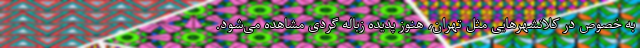
به خصوص در کلانشهرهایی مثل تهران، هنوز پدیده زباله گردی مشاهده می‌شود.